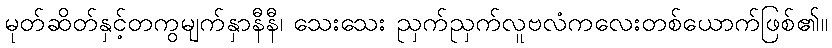
မုတ်ဆိတ်နှင့်တကွမျက်နှာနီနီ၊ သေးသေး ညှက်ညှက်လူဗလံကလေးတစ်ယောက်ဖြစ်၏။